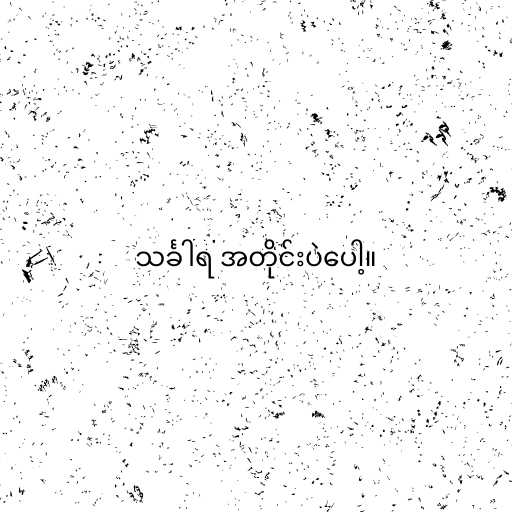
သင်္ခါရ အတိုင်းပဲပေါ့။